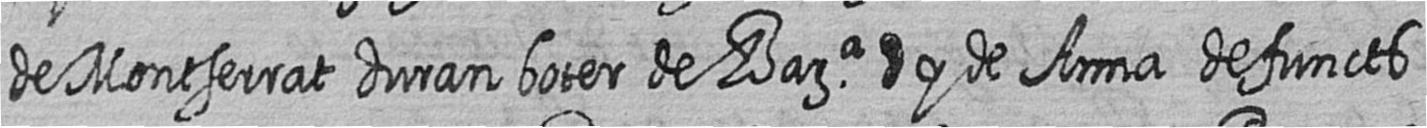
de Montserrat duran boter de Bara # y de Anna defuncts